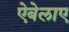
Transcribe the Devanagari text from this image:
ऐबेलाए